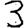
Digit: 3